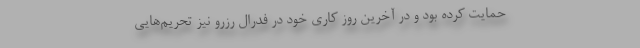
حمایت کرده بود و در آخرین روز کاری خود در فدرال رزرو نیز تحریم‌هایی